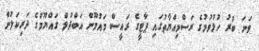
ވަނަ ބުރު ހުޅުވުމުގެ ރަސްމިއްޔާތުގައި ޕާޓީގެ ރައީސް މައުމޫން އަބްދުލް ގައްޔޫމްގެ ދަރިކަލުން